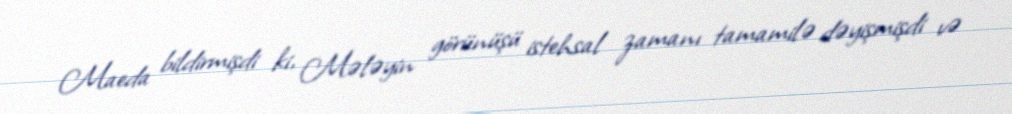
Maeda bildirmişdi ki, Mələyin görünüşü istehsal zamanı tamamilə dəyişmişdi və